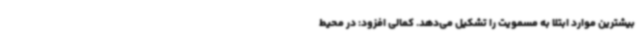
بیشترین موارد ابتلا به مسمویت را تشکیل می‌دهد. کمالی افزود: در محیط